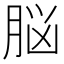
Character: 脳